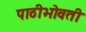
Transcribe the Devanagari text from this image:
पाठीभोवती